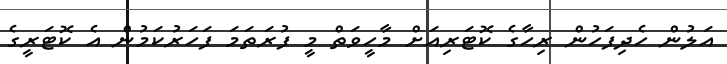
އަލުން ހެދިފަހުން ރިހާގެ ކޮޓަރިއަށް މާހީވަތް މީ ފުރަތަމަ ފަހަރުކަމުން އެ ކޮޓަރީގެ